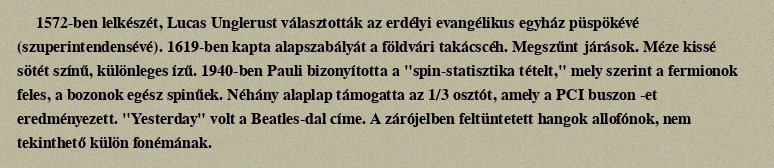
1572-ben lelkészét, Lucas Unglerust választották az erdélyi evangélikus egyház püspökévé (szuperintendensévé). 1619-ben kapta alapszabályát a földvári takácscéh. Megszűnt járások. Méze kissé sötét színű, különleges ízű. 1940-ben Pauli bizonyította a "spin-statisztika tételt," mely szerint a fermionok feles, a bozonok egész spinűek. Néhány alaplap támogatta az 1/3 osztót, amely a PCI buszon -et eredményezett. "Yesterday" volt a Beatles-dal címe. A zárójelben feltüntetett hangok allofónok, nem tekinthető külön fonémának.